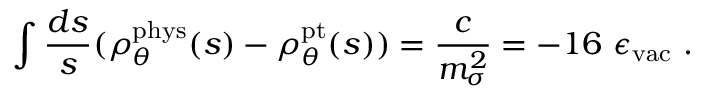
\int \frac { d s } { s } ( \rho _ { \theta } ^ { \mathrm { p h y s } } ( s ) - \rho _ { \theta } ^ { \mathrm { p t } } ( s ) ) = \frac { c } { m _ { \sigma } ^ { 2 } } = - 1 6 \ \epsilon _ { \mathrm { v a c } } \ .